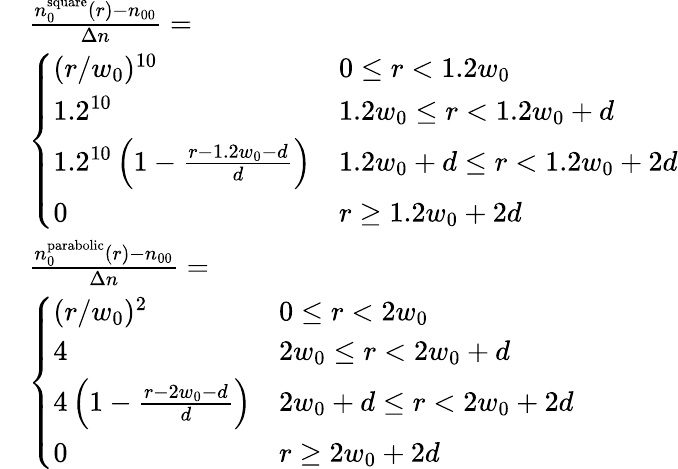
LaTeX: \begin{array}{rl}&{\frac{n_{0}^{\mathrm{square}}(r)-n_{00}}{\Delta n}=}\\ &{\left\{ \begin{array}{ll}{(r/w_{0})^{10}}&{0\leq r<1.2w_{0}}\\ {1.2^{10}}&{1.2w_{0}\leq r<1.2w_{0}+d}\\ {1.2^{10}\left(1-\frac{r-1.2w_{0}-d}{d}\right)}&{1.2w_{0}+d\leq r<1.2w_{0}+2d}\\ {0}&{r\geq 1.2w_{0}+2d}\end{array}\right.}\\ &{\frac{n_{0}^{\mathrm{parabolic}}(r)-n_{00}}{\Delta n}=}\\ &{\left\{ \begin{array}{ll}{(r/w_{0})^{2}}&{0\leq r<2w_{0}}\\ {4}&{2w_{0}\leq r<2w_{0}+d}\\ {4\left(1-\frac{r-2w_{0}-d}{d}\right)}&{2w_{0}+d\leq r<2w_{0}+2d}\\ {0}&{r\geq 2w_{0}+2d}\end{array}\right.}\end{array}